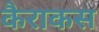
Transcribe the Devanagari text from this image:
कैराकस